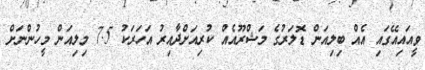
ވީއައިއޭގައި އެއް ބިލިއަން ޑޮލަރުގެ މަޝްރޫއެއް ކުރިއަށްދާއިރު އަހަރަކު 7.5 މިލިއަން މީހުންނަށް